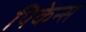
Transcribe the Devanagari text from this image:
पिकेन्स